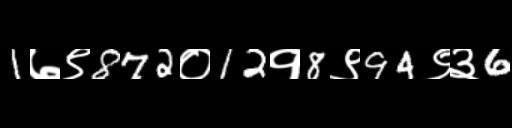
Text: 1७९872०12१8९94९३6